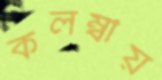
কলম্বীয়